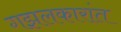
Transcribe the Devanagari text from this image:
गझलकारांत